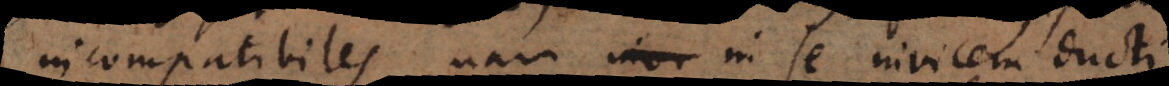
incompatibiles, nam in se invicem ducti